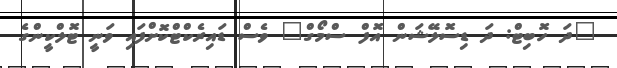
"ދަ ހޮބިޓް: ދަ ޑިސޮލޭޝަން އޮފް ސްމޯގް" ވެސް ޑައިރެކްޓްކޮށްފައި ވަނީ ޓޮލްކީންގެ